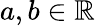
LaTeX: a,b\in\mathbb{R}